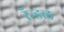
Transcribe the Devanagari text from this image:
रॅन्डल